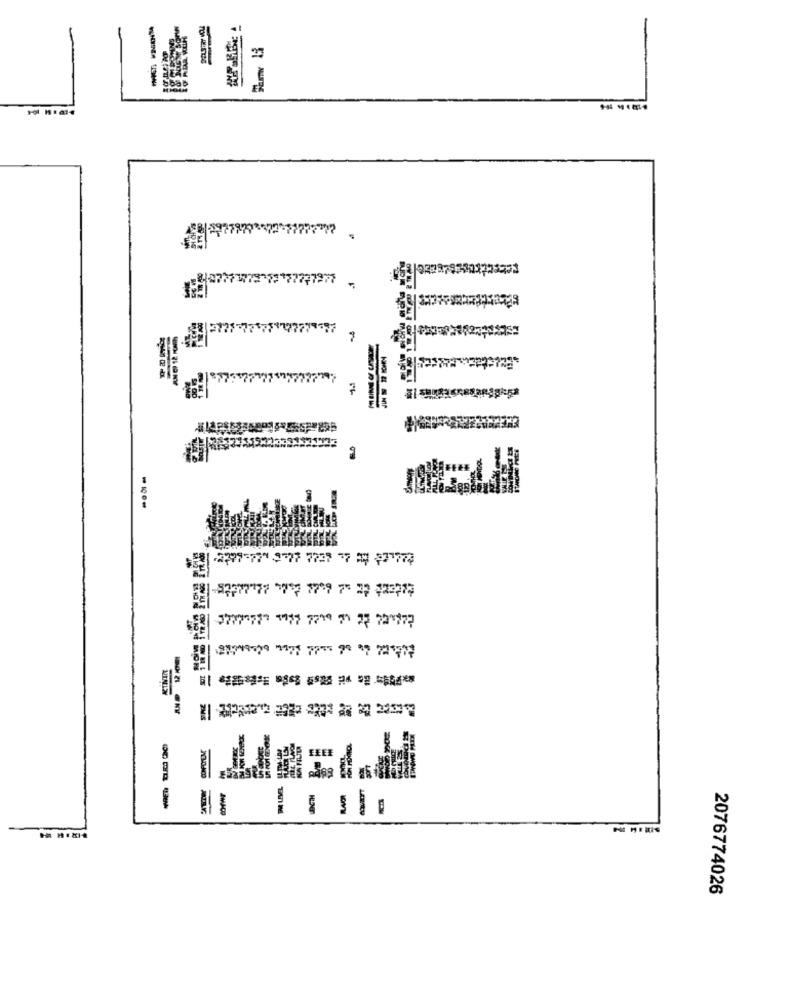
3777779-17177777977
2399-771 2 77 7728 77 50 877774
37170777 1917 7779 3 27 22 177
KININ
08/19-19 1977 7775 90 "7 25777
2076774026